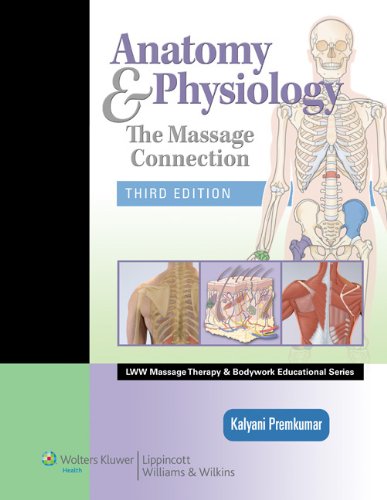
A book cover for Anatomy & Physiology: The Massage Connection (LWW Massage Therapy and Bodywork Educational Series); Kalyani Premkumar MBBS  MD  MSc  CMT  PhD; Health, Fitness & Dieting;